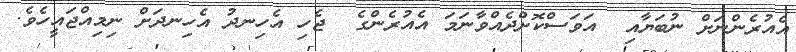
އެއުރެންނަށް ނުބަޔާއި  އަވަސްކޮށްދެއްވާނަމަ އެއުރެންގެ  ޖެހި އެހިނދު އެހިނދަށް ނިމިއްޖައީހެވެ.